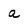
Character: a